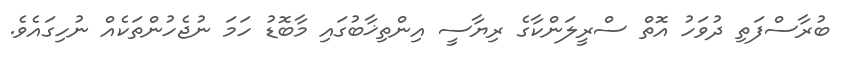
ބުރާސްފަތި ދުވަހު އޮތް ސްރީލަންކާގެ ރިޔާސީ އިންތިޚާބުގައި މާބޮޑު ހަމަ ނުޖެހުންތަކެއް ނުހިގައެވެ.